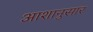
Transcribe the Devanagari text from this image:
आशानुसार